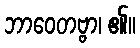
ဘာဝေတဗ္ဗာ၊ ၏။